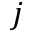
j